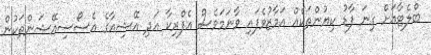
ބްލެޓާއަށް ގިނަ ފާޑު ކިޔުންތަކެއް އަމާޒުވެފައި ވާނަމަވެސް އެފްރިކާ އަދި އޭޝިއާގެ އެސޯސިއޭޝަންތަކުން